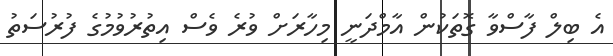
އެ ބިލް ފާސްވާ ގޮތަކުން އާމްދަނީ މިހާރަށް ވުރެ ވެސް އިތުރުވުމުގެ ފުރުސަތު